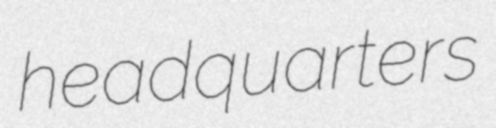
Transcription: headquarters